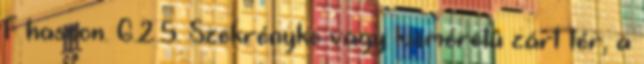
F hasson. G.2.5. Szekrényke vagy kisméretû zárt tér, a